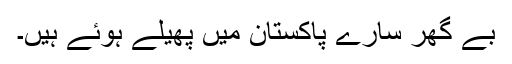
بے گھر سارے پاکستان میں پھیلے ہوئے ہیں۔